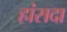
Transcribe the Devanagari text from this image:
हांसदा